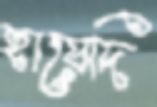
হায়েদি